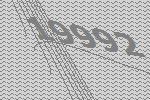
19992